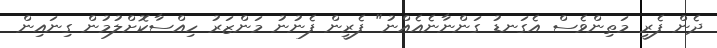
ދެން ފެރީ މަތިންވެސް އެގަނޑު ގަންނާނެއެއްނު" ފެރީން ފެނުނު މަންޒަރު ހިއްސާކޮށްލުމުން ގިނައިން